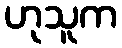
ဟုသူက